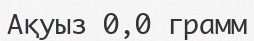
Ақуыз 0,0 грамм